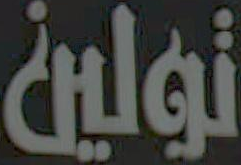
تولين